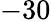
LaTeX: -30